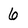
Character: 6